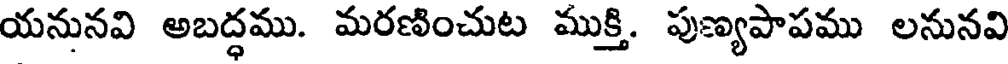
యనునవి అబద్ధము. మరణించుట ముక్తి. పుణ్యపాపము లనునవి